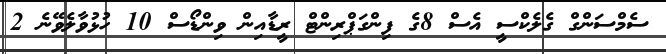
ސެމްސަންގް ގެލެކްސީ އެސް 8ގެ ފިންގަޕްރިންޓް ރީޑާއިން ވިންޑޯސް 10 ހުޅުވާލެވޭނެ 2